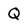
Character: Q